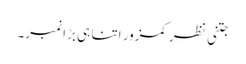
جتنی نظر کمزور اتنا ہی بڑا نمبر۔